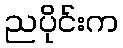
ညပိုင်းက